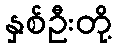
နှစ်ဦးတို့